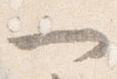
一